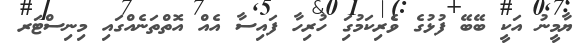
ޔާމީނު އަކީ ބޭބޭ ފުޅުގެ ވެރިކަމުގަި ހުރިހާ ފައިސާ އެއް އޮތްތަނެއްގައި މިނިސްޓަރ